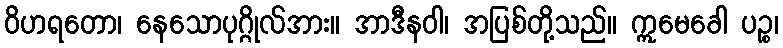
ဝိဟရတော၊ နေသောပုဂ္ဂိုလ်အား။ အာဒီနဝါ၊ အပြစ်တို့သည်။ ဣမေခေါ ပဉ္စ၊